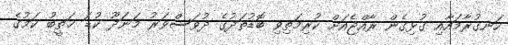
ހަނގުރާމައާއި ގުޅިގެން ރާއްޖެއަށް ކުރިމަތިވި ބޮޑުތަދުގެ ދުވަސްވަރު މަނަދޫ ކުޑަ ޚަތީބު ކަމުގެ